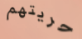
حريتهم